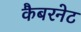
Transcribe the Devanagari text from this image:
कैबरनेट